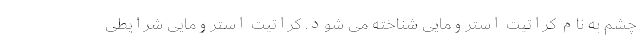
چشم به نام کراتیت استرومایی شناخته می شود. کراتیت استرومایی شرایطی